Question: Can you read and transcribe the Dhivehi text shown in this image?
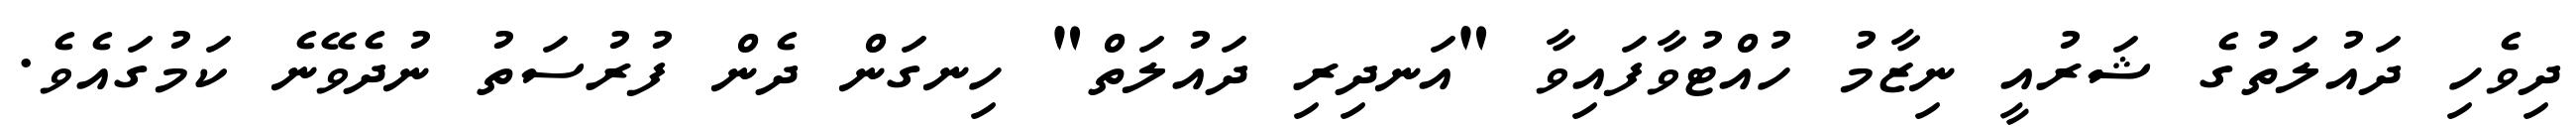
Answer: ދިވެހި ދައުލަތުގެ ޝަރުއީ ނިޒާމު ހުއްޓުވާފައިވާ "އަނދިރި ދައުލަތް" ހިނގަން ދެން ފުރުސަތު ނުދެވޭނެ ކަމުގައެވެ.